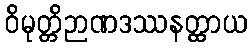
ဝိမုတ္တိဉာဏဒဿနတ္ထာယ